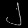
Digit: ၂